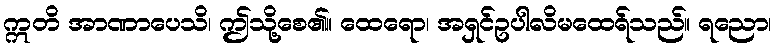
ဣတိ အာဏာပေသိ၊ ဤသို့စေ၏။ ထေရော၊ အရှင်ဥပါလိမထေရ်သည်။ ရညော၊